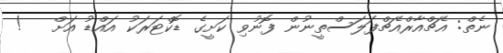
ނެތް: އެޗްއާރްއެޗްފަލަސްތީނުން ފޮނުވި ކަށީގެ ޑޮކްޓަރަކު އައްޑު އަށް   !